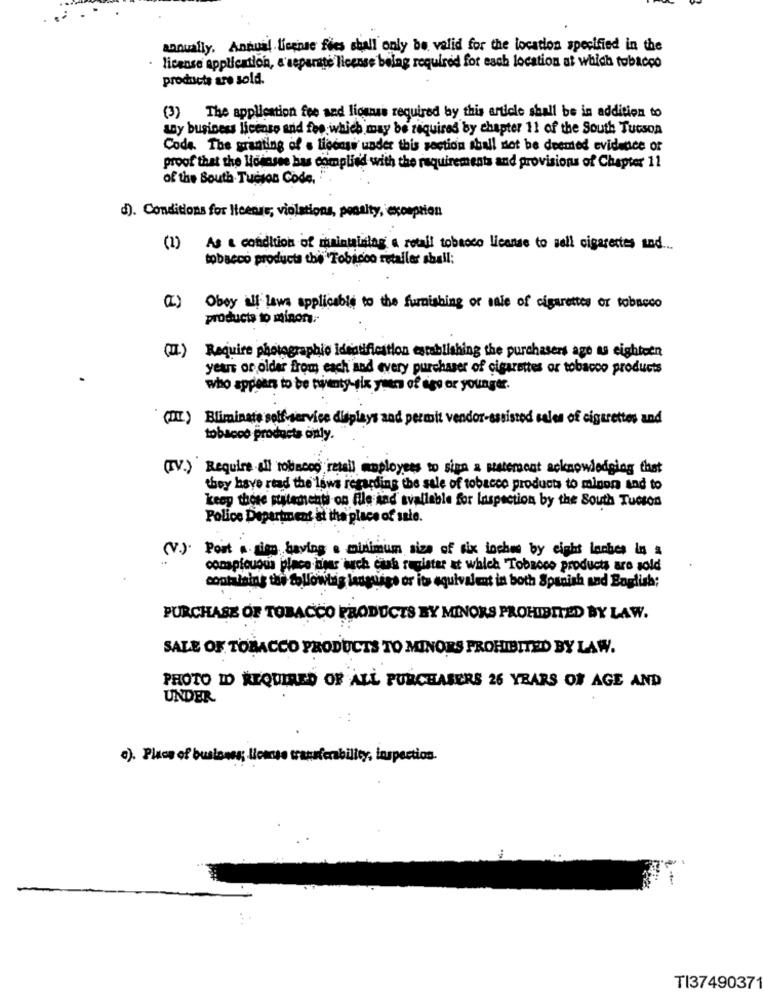
annually. Annual. License fies shall only be valid for the location specified in the
license application, a separate license belag required for each location at which tobacco
products are sold.
(3) The application fee and licenas required by this article shall be in addition to
any business license and fee which may be required by chapter 11 of the South Tucson
Code. The granting of . liccasi under this section shall not be deemed evidence of
proof that the licensee bias complied with the requirements and provisions of Chapter 11
of the South Tucion Code,
d). Conditions for license; violations, penalty, exonption
As & conditions of maintaining a retail tobacco license to sell cigarettes and ...
tobacco products the" Tobacco rutaller shall:
(I)
Obey all laws applicable to the furnishing of sale of cigarettes of tobacco
products to minors.
(II.) Require photographic Identification establishing the purchasers age as eighteen
yeur or older from each and every purchaser of cigarettes or tobacco products
who appears to be twenty-six years of age or younger.
(II) Bliminate self-service displays and permit vendor-assisted sales of cigarettes and
tobacco products only.
(IV.) Require .all tobacco retail employees to sign a statement acknowledging that
they have read the laws regarding the sale of tobacco products to minor and to
keep those statementi on file and available for Inspection by the South Tucson
Police Department at the place of sale.
(V.).
Post .. tien having . minimum size of six inches by eight lanbes in a
conspicuous place bin auch cash register at which Tobacco products are sold
containing the followbig language or its equivalent in both Spanish and English;
PURCHASE OF TOBACCO PRODUCTS BY MINORS PROHIBITED BY LAW.
SALE OF TOBACCO PRODUCTS TO MINORS PROHIBITED BY LAW.
PHOTO ID REQUIRED OF ALL PURCHASERS 26 YEARS OF AGE AND
UNDER
a). Place of business; licmuss transferability, inspection.
TI37490371